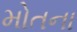
મોતના